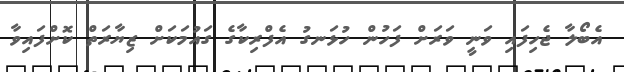
އެބޯލާ ޖެހިފައި ވަނީ ވަރަށް ފަހުން ހުޅަނގު އެފްރިކާގެ ގައުމަކަށް ޒިޔާރަތް ކޮށްފައިވާ